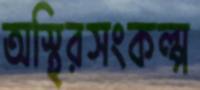
অস্থিরসংকল্প